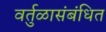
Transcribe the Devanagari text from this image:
वर्तुळासंबंधित